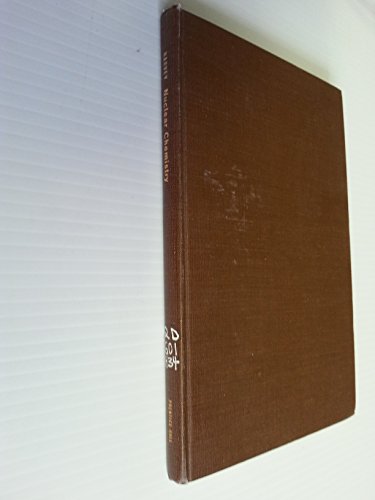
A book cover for Nuclear chemistry (Foundations of modern chemistry series); Bernard G Harvey; Science & Math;